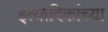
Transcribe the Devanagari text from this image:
इत्यादिकांच्या